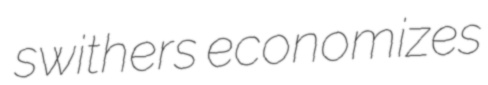
swithers economizes